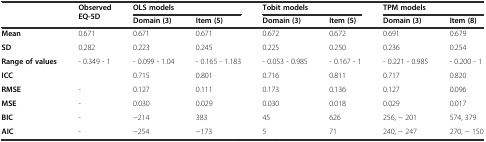
<table><thead><tr><td rowspan="2"></td><td rowspan="2"><b>Observed EQ-5D</b></td><td colspan="2"><b>OLS models</b></td><td colspan="2"><b>Tobit models</b></td><td colspan="2"><b>TPM models</b></td></tr><tr><td><b>Domain (3)</b></td><td><b>Item (5)</b></td><td><b>Domain (3)</b></td><td><b>Item (5)</b></td><td><b>Domain (3)</b></td><td><b>Item (8)</b></td></tr></thead><tbody><tr><td><b>Mean</b></td><td>0.671</td><td>0.671</td><td>0.671</td><td>0.672</td><td>0.672</td><td>0.691</td><td>0.679</td></tr><tr><td><b>SD</b></td><td>0.282</td><td>0.223</td><td>0.245</td><td>0.225</td><td>0.250</td><td>0.236</td><td>0.254</td></tr><tr><td><b>Range of values</b></td><td>- 0.349 - 1</td><td>- 0.099 - 1.04</td><td>- 0.165 - 1.183</td><td>- 0.053 - 0.985</td><td>- 0.167 - 1</td><td>- 0.221 - 0.985</td><td>- 0.200 - 1</td></tr><tr><td><b>ICC</b></td><td></td><td>0.715</td><td>0.801</td><td>0.716</td><td>0.811</td><td>0.717</td><td>0.820</td></tr><tr><td><b>RMSE</b></td><td>-</td><td>0.127</td><td>0.111</td><td>0.173</td><td>0.136</td><td>0.127</td><td>0.096</td></tr><tr><td><b>MSE</b></td><td>-</td><td>0.030</td><td>0.029</td><td>0.030</td><td>0.018</td><td>0.029</td><td>0.017</td></tr><tr><td><b>BIC</b></td><td>-</td><td>−214</td><td>383</td><td>45</td><td>626</td><td>256, − 201</td><td>574, 379</td></tr><tr><td><b>AIC</b></td><td>-</td><td>−254</td><td>−173</td><td>5</td><td>71</td><td>240, − 247</td><td>270, − 150</td></tr></tbody></table>